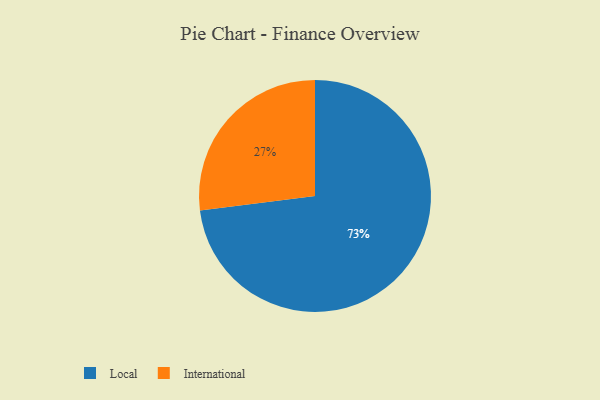
{"axis": {"x": "Category", "y": "Percentage"}, "legend": ["International", "Local"], "data": [{"x": "Local", "y": 73, "type": "Local"}, {"x": "International", "y": 27, "type": "International"}]}